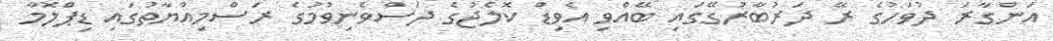
އަންގާރަ ދުވަހުގެ ރޭ ދަރުބާރުގޭގައި ބޭއްވި އެވިޑް ކޮލެޖުގެ ދަސްވެނިވުމުގެ ރަސްމިއްޔާތުގައި ޑިޕްލޮމާ